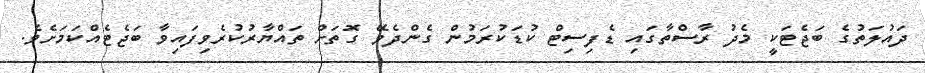
ދައުލަތުގެ ބަޖެޓަކީ މެދު ރާސްތާގައި ޑެފިސިޓް ކުޑަކުރަމުން ގެންދެވޭ ގޮތަށް ތައްޔާރުކުރެވިފައިވާ ބަޖެޓެއްކަމަށެވެ.